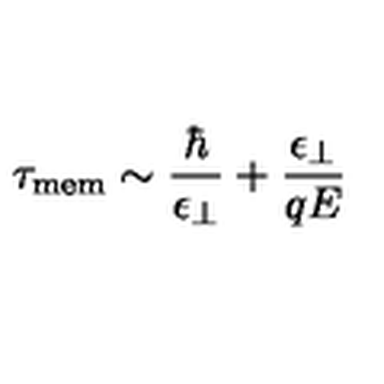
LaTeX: \tau _ { \mathrm { m e m } } \sim { \frac { \hbar } { \epsilon _ { \perp } } } + { \frac { \epsilon _ { \perp } } { q E } }